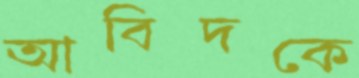
আবিদকে